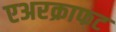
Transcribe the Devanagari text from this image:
एअरक्राफट